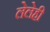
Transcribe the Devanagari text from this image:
लेलेही